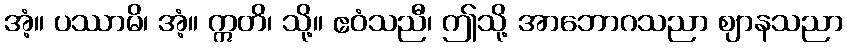
အံ့။ ပဿာမိ၊ အံ့။ ဣတိ၊ သို့။ ဧဝံသညီ၊ ဤသို့ အာဘောဂသညာ ဈာနသညာ